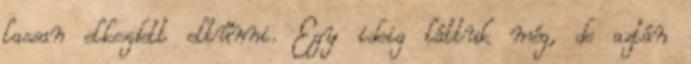
lassan elkezdett eltűnni. Egy ideig láttuk még, de aztán